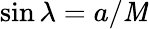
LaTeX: \sin\lambda=a/\mathit{M}